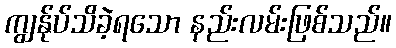
ကျွန်ုပ်သိခဲ့ရသော နည်းလမ်းဖြစ်သည်။